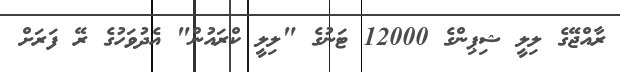
ރާއްޖޭގެ ލިލީ ޝިޕިންގެ 12000 ޓަނުގެ "ލިލީ ކްރައުން" އެދުވަހުގެ ރޭ ފަރަށް